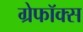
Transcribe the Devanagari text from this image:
ग्रेफॉक्स